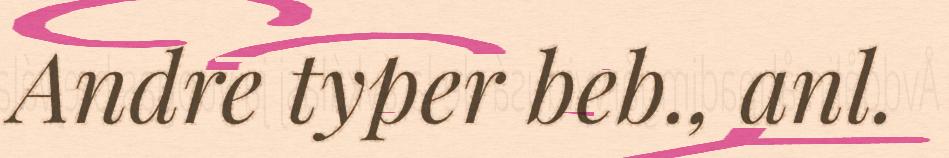
Andre typer beb., anl.